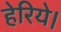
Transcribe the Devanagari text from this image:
हेरिये।